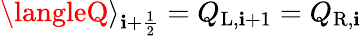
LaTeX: \langleQ\rangle_{\mathbf{i}+\frac{{1}}{{2}}}=Q_{\mathrm{{L}},\mathbf{i}+1}=Q_{\mathrm{{R}},\mathbf{i}}